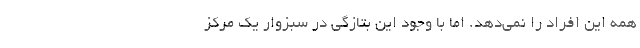
همه این افراد را نمی‌دهد. اما با وجود این بتازگی در سبزوار یک مرکز